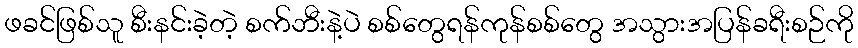
ဖခင်ဖြစ်သူ စီးနင်းခဲ့တဲ့ စက်ဘီးနဲ့ပဲ စစ်တွေရန်ကုန်စစ်တွေ အသွားအပြန်ခရီးစဉ်ကို